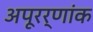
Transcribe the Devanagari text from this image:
अपूरर्णांक